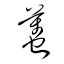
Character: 蠆